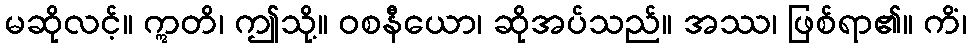
မဆိုလင့်။ ဣတိ၊ ဤသို့။ ဝစနီယော၊ ဆိုအပ်သည်။ အဿ၊ ဖြစ်ရာ၏။ ကိံ၊